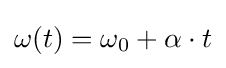
\omega (t)=\omega _{0}+\alpha \cdot t